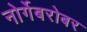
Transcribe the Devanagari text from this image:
नोर्गेबरोबर